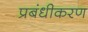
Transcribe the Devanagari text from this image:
प्रबंधीकरण